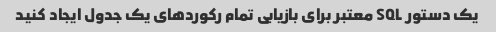
یک دستور SQL معتبر برای بازیابی تمام رکوردهای یک جدول ایجاد کنید